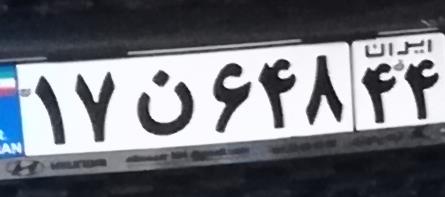
۱۷ن۶۴۸۴۴